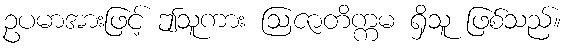
ဥပမာအားဖြင့် ဤသူကား ဩဇာတိက္ကမ ရှိသူ ဖြစ်သည်။